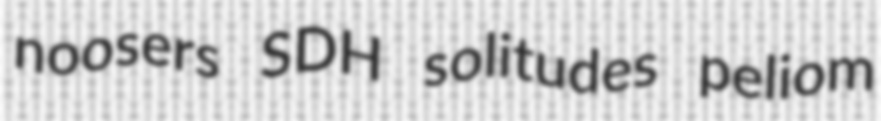
noosers SDH solitudes peliom